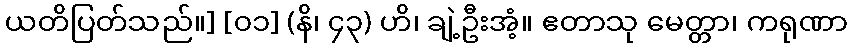
ယတိပြတ်သည်။] [၀၁] (နိ၊ ၄၃) ဟိ၊ ချဲ့ဦးအံ့။ ဧတာသု မေတ္တာ၊ ကရုဏာ